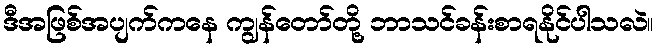
ဒီအဖြစ်အပျက်ကနေ ကျွန်တော်တို့ ဘာသင်ခန်းစာရနိုင်ပါသလဲ။